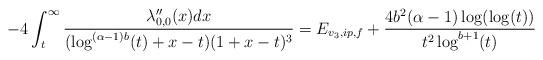
LaTeX: \begin{align*} -4 \int_{t}^{\infty} \frac{\lambda_{0,0}''(x) dx}{(\log^{(\alpha-1)b}(t)+x-t)(1+x-t)^{3}} = E_{v_{3},ip,f}+\frac{4b^{2} (\alpha-1)\log(\log(t))}{t^{2}\log^{b+1}(t)}\end{align*}